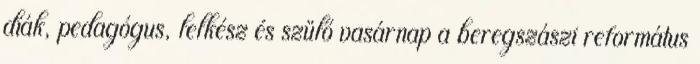
diák, pedagógus, lelkész és szülő vasárnap a beregszászi református